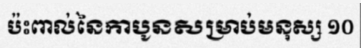
ប៉ះពាល់នៃកាបូនសម្រាប់មនុស្ស ១០